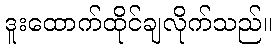
ဒူးထောက်ထိုင်ချလိုက်သည်။